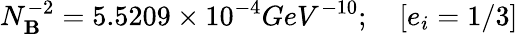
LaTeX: N_{\mathbf{B}}^{-2}=5.5209\times10^{-4}GeV^{-10};\quad[e_{i}=1/3]